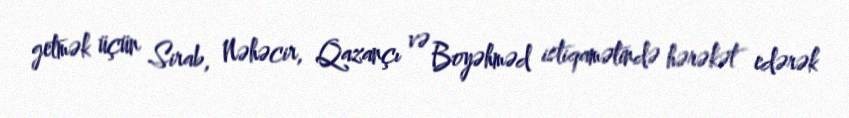
getmək üçün Sirab, Nəhəcir, Qazançı və Boyəhməd istiqamətində hərəkət edərək